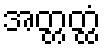
အတ္တတ္ထံ